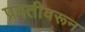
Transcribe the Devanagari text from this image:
प्रगतीवरून